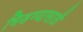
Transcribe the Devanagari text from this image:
भिडण्यासाठी